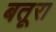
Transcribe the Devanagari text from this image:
बतूरा